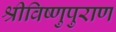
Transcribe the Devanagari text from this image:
श्रीविष्णुपुराण